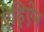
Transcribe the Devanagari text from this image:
ऐड्रिऐन